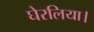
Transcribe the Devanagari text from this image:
घेरलिया।